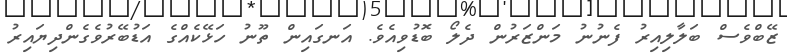
ޒޭބްވެސް ބަލާލިއިރު ފެނުނު މަންޒަރުން ދެލޯ ބޮޑުވިއެވެ. އަނގައިން ތޫނު ހަޅޭކެއްގެ އަޑުބޭރުވެގެންދިޔައިރު